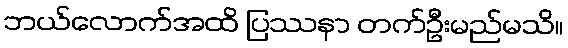
ဘယ်လောက်အထိ ပြဿနာ တက်ဦးမည်မသိ။